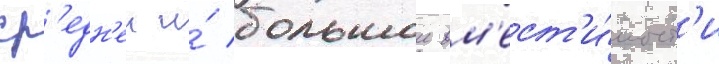
ср'едн'еи и́ большои вм'ест'и́мост'и